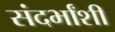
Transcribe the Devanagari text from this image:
संदर्भांशी